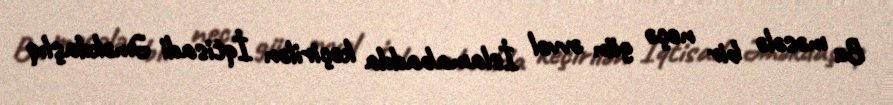
Bu məsələ bir neçə gün əvvəl İslamabadda keçirilən İqtisadi Əməkdaşlıq